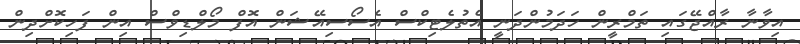
އިވާނާ ރާއްޖޭގައި ތަމްރީން ހަދަމުންދަނީ އެތުލެޓިކްސް އެސޯސިއޭޝަން އޮފް މޯލްޑިވްސް އިން ފަހިކޮށްދިން